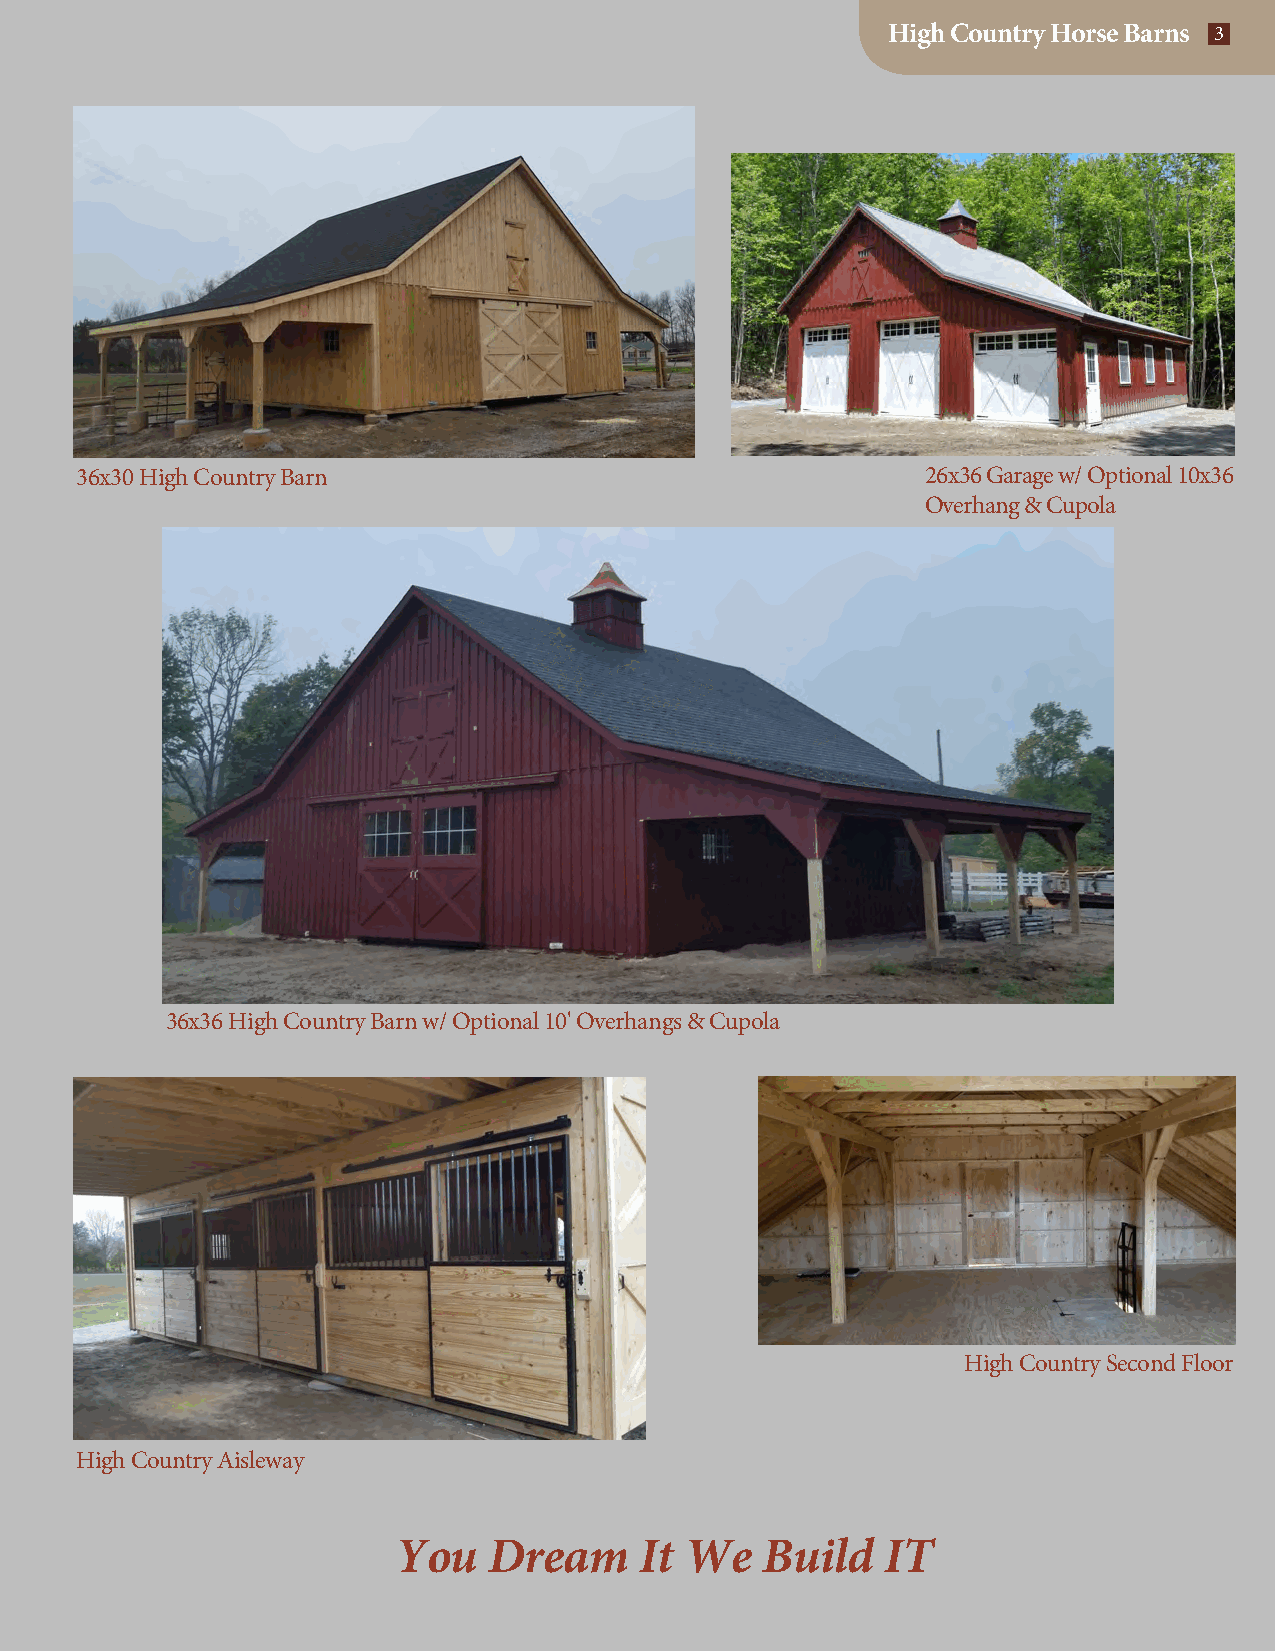
High Country Horse Barns 3
 36x30 High Country Barn                                 26x36 Garage w/ Optional 10x36
 Overhang & Cupola
 36x36 High Country Barn w/ Optional 10' Overhangs & Cupola
 High Country Second Floor
 High Country Aisleway
 You   Dream     It We   Build    IT